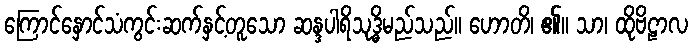
ကြောင်နှောင်သံကွင်းဆက်နှင့်တူသော ဆန္ဒပါရိသုဒ္ဓိမည်သည်။ ဟောတိ၊ ၏။ သာ၊ ထိုဗိဠာလ